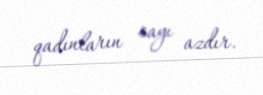
qadınların sayı azdır.